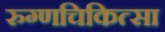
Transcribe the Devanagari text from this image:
रुग्णचिकित्सा